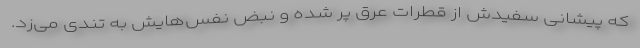
که پیشانی سفیدش از قطرات عرق پر شده و نبض نفس‌هایش به تندی می‌زد.